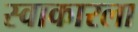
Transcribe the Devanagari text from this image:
स्वाकारला